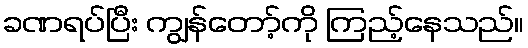
ခဏရပ်ပြီး ကျွန်တော့်ကို ကြည့်နေသည်။